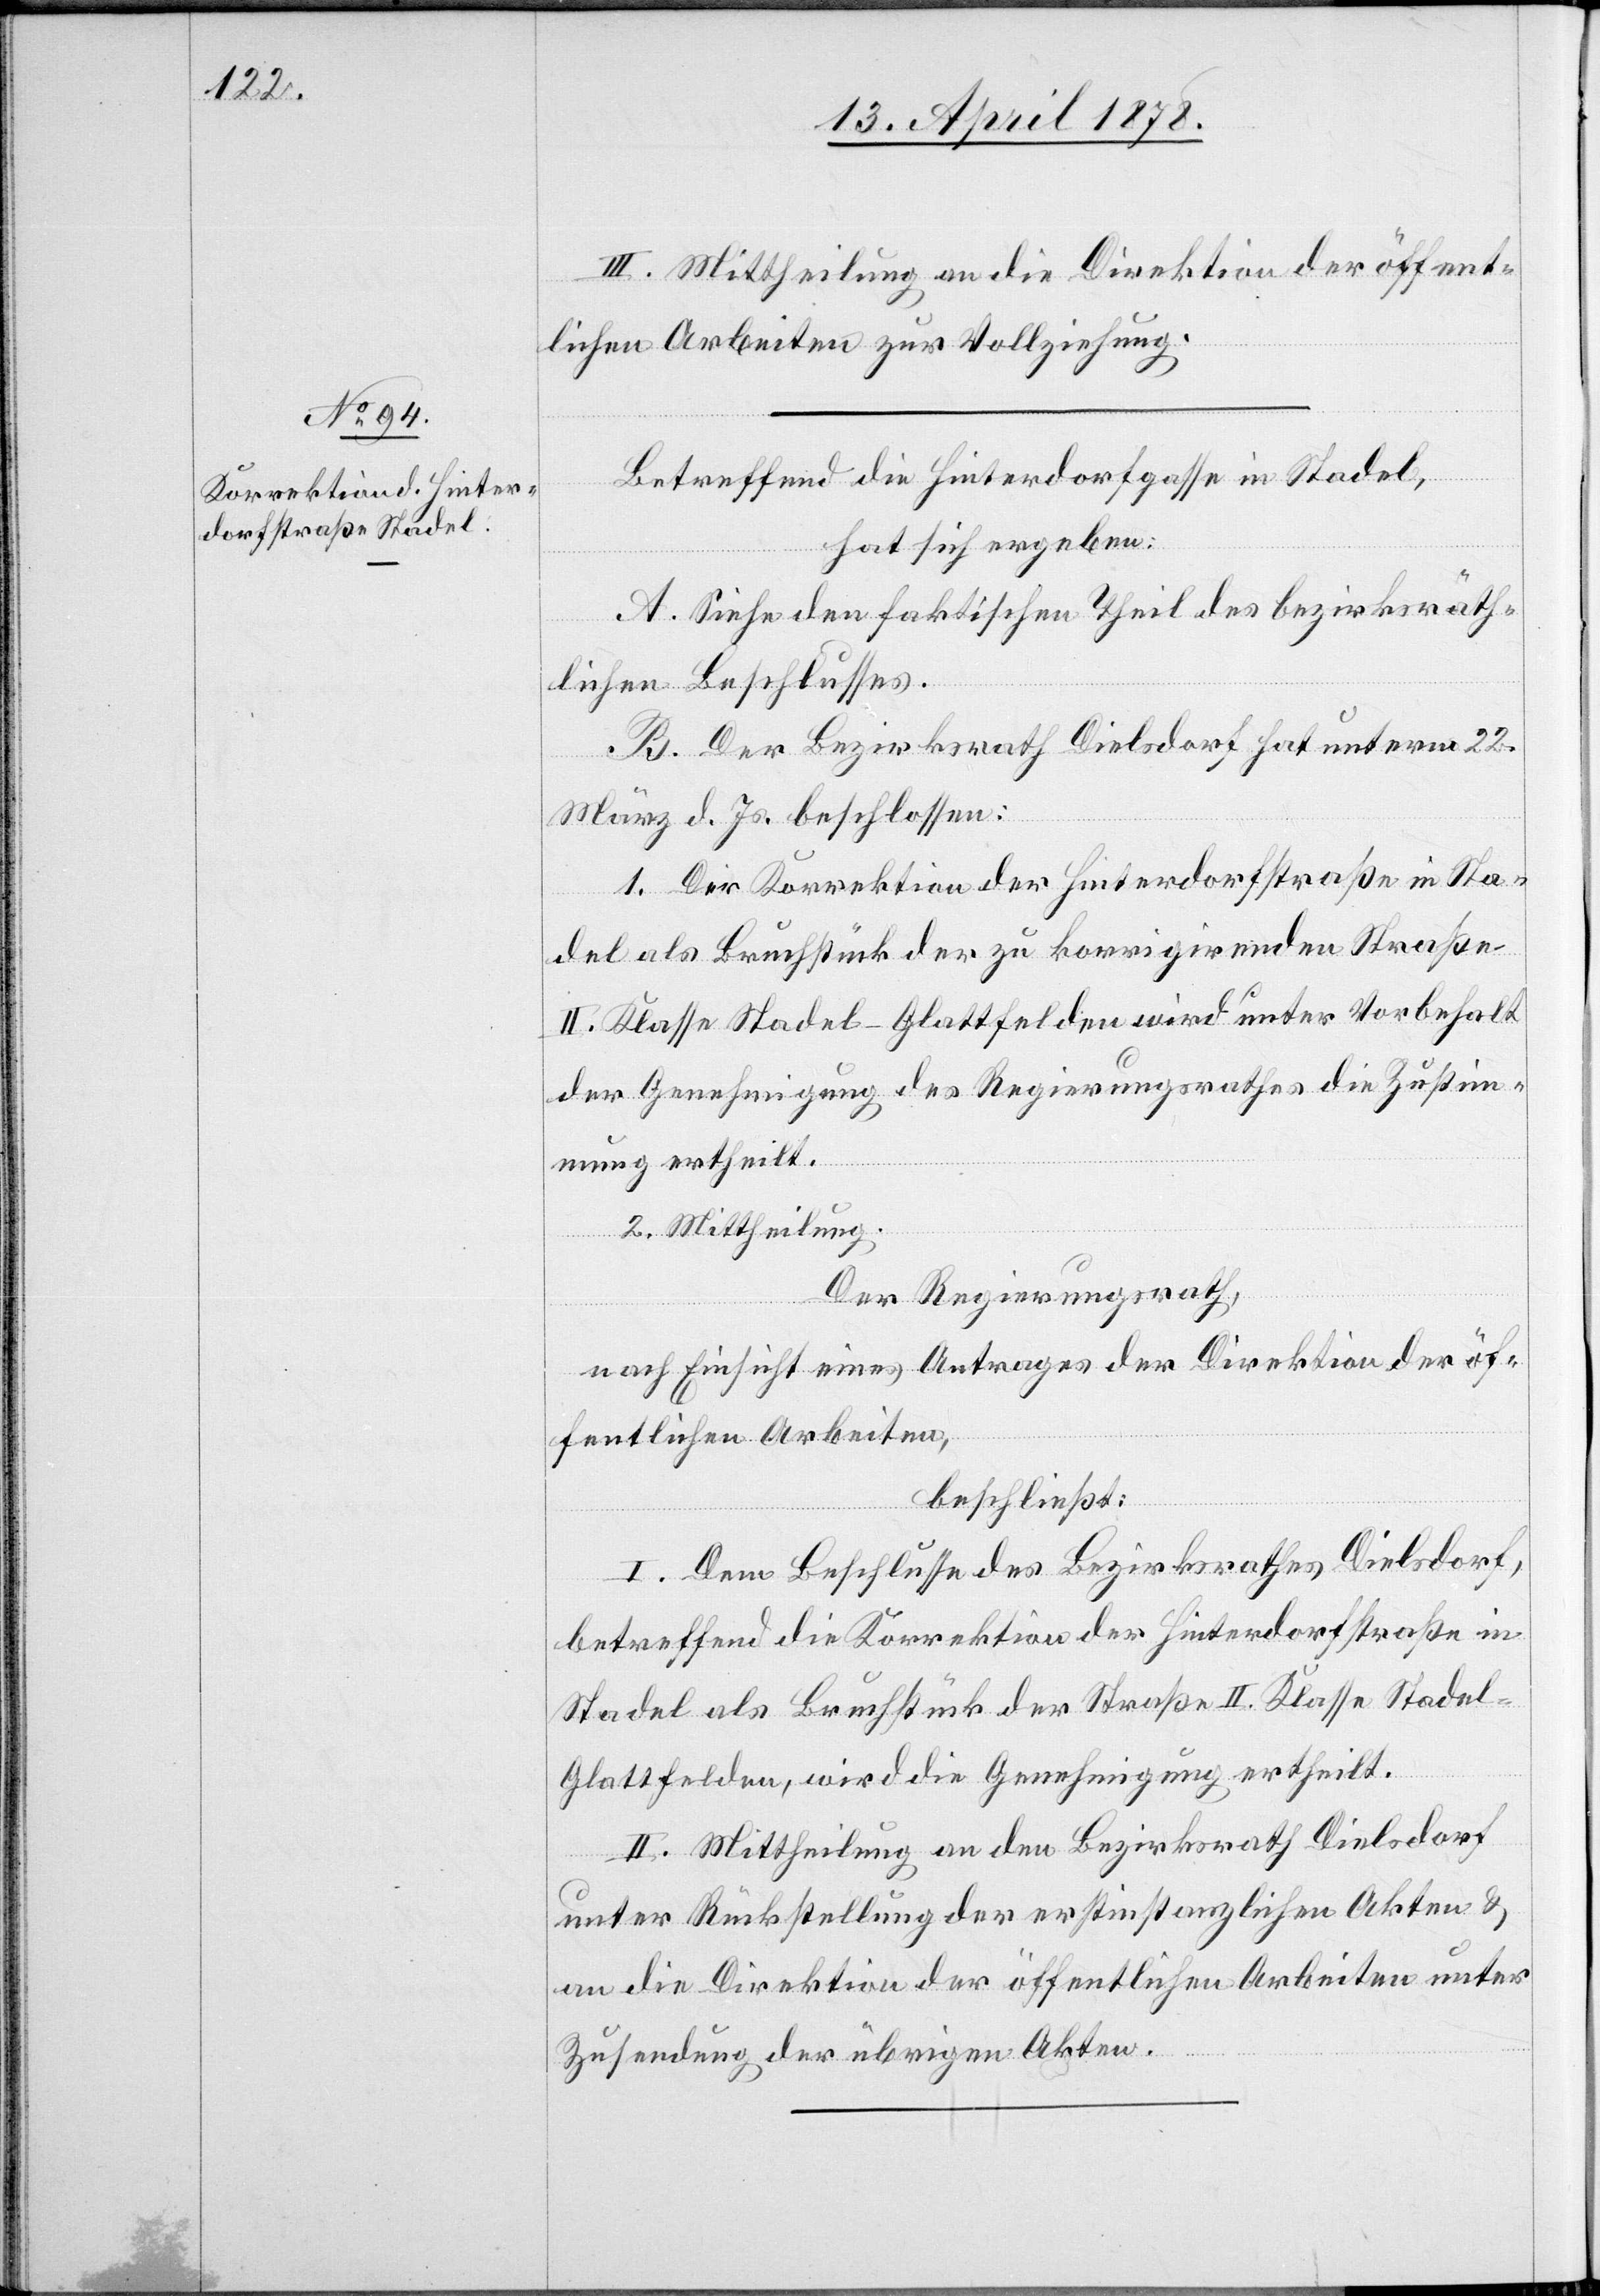
III. Mittheilung an die Direktion der öffent¬
lichen Arbeiten zur Vollziehung.
Betreffend die Hinterdorfgasse in Stadel,
hat sich ergeben:
A. Siehe den faktischen Theil des bezirksräth¬
lichen Beschlusses.
B. Der Bezirksrath Dielsdorf hat unterm 22.
März d. Js. beschlossen:
1. Die Korrektion der Hinterdorfstraße in Sta¬
del als Bruchstück der zu korrigirenden Straße
II. Klasse Stadel–Glattfelden wird unter Vorbehalt
der Genehmigung des Regierungsrathes die Zustim¬
mung ertheilt.
2. Mittheilung.
Der Regierungsrath,
nach Einsicht eines Antrages der Direktion der öf¬
fentlichen Arbeiten,
beschließt:
I. Dem Beschlusse des Bezirksrathes Dielsdorf,
betreffend die Korrektion der Hinterdorfstraße in
Stadel als Bruchstück der Straße II. Klasse Stade¬
l–Glattfelden, wird die Genehmigung ertheilt.
II. Mittheilung an den Bezirksrath Diesldorf
unter Rückstellung der erstinstanzlichen Akten &
an die Direktion der öffentlichen Arbeiten unter
Zusendung der übrigen Akten.